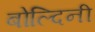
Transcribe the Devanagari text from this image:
बोल्दिनी